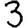
Digit: 3